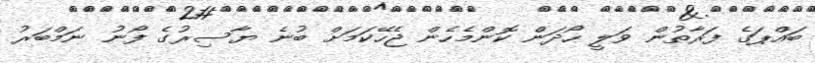
ބައްޕަގެ ފަރާތުން ވަލީ ހޯދަން ކޮންމެހެން ޖެހޭކަމަށް ބުނެ ޔާސިރުގެ ފޯނު ނަމްބަރު